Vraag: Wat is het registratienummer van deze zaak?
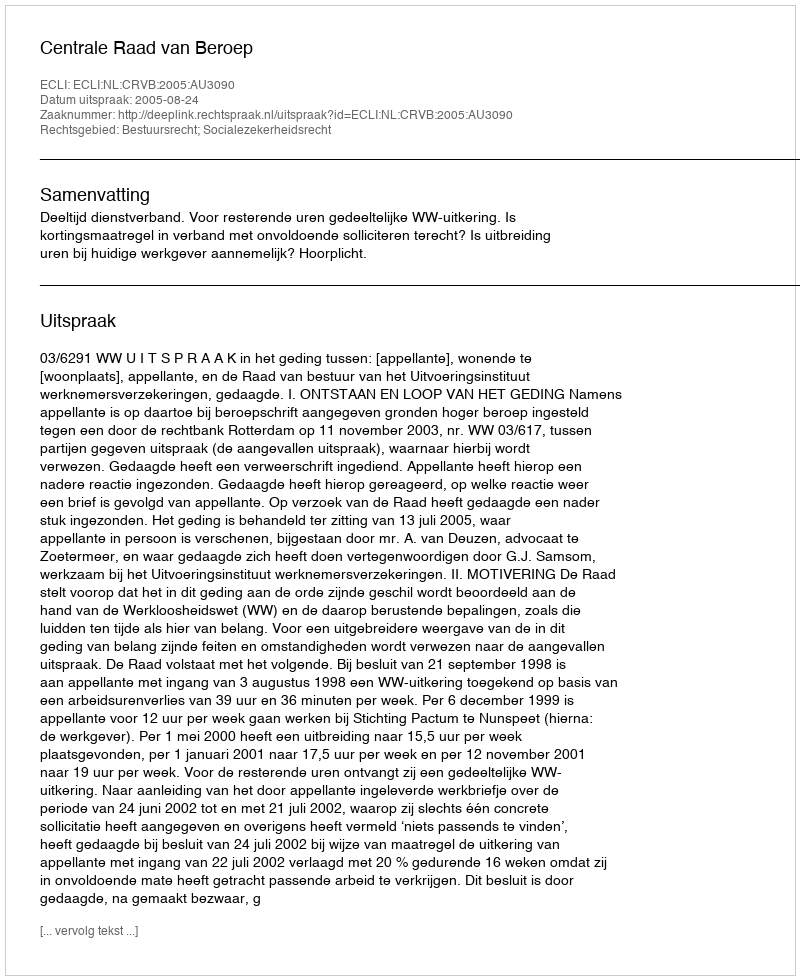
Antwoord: http://deeplink.rechtspraak.nl/uitspraak?id=ECLI:NL:CRVB:2005:AU3090